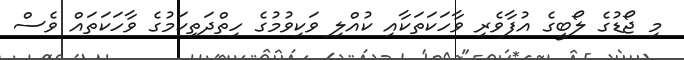
މި ޖޯޑުގެ ލޯބީގެ އުފާވެރި ވާހަކަތަކާއި ކުއްލި ވަކިވުމުގެ ހިތްދަތިކަމުގެ ވާހަކަތައް ވެސް